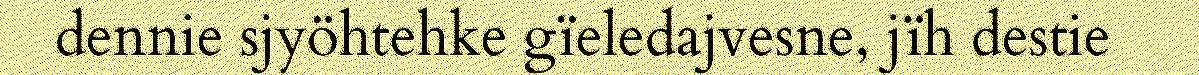
dennie sjyöhtehke gïeledajvesne, jïh destie